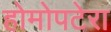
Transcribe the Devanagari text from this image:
होमोपटेरा